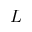
L